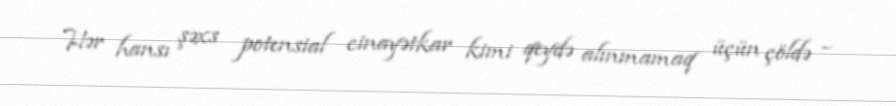
Hər hansı şəxs potensial cinayətkar kimi qeydə alınmamaq üçün çöldə –